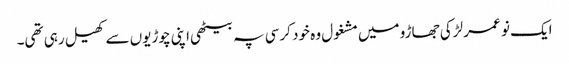
ایک نو عمر لڑکی جھاڑو میں مشغول وہ خود کرسی پہ بیٹھی اپنی چوڑیوں سے کھیل رہی تھی۔